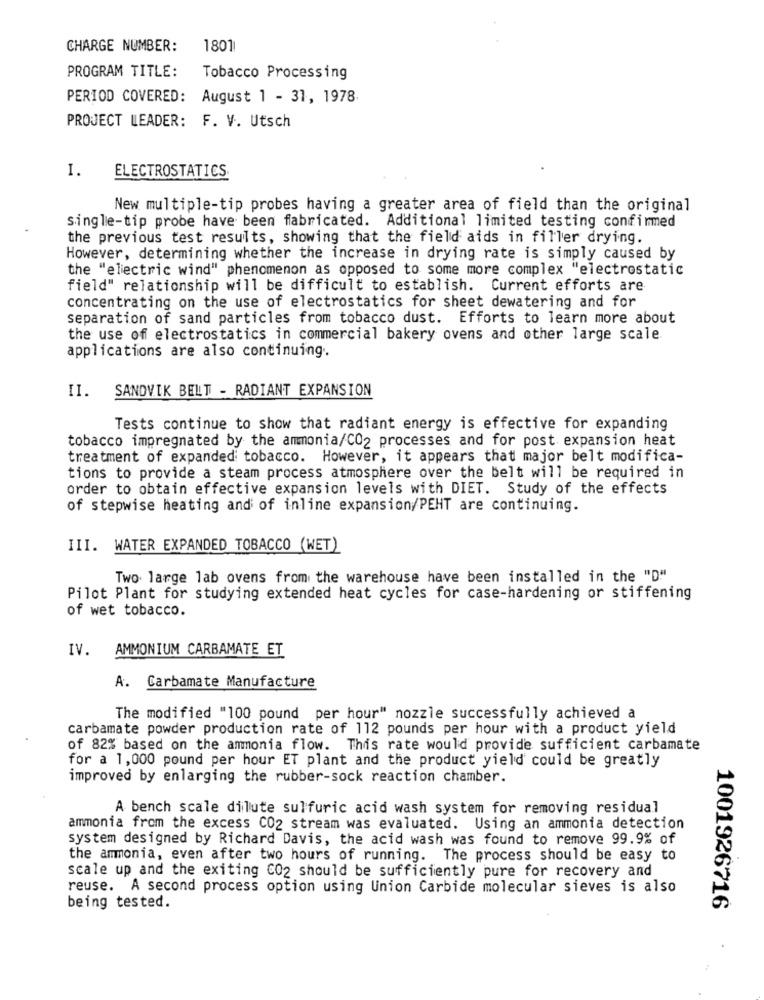
CHARGE NUMBER:
1801
PROGRAM TITLE:
Tobacco Processing
PERIOD COVERED: August 1 - 31, 1978.
PROJECT LEADER: F. V. Utsch
I.
ELECTROSTATICS
New multiple-tip probes having a greater area of field than the original
single-tip probe have been fabricated. Additional limited testing confirmed
the previous test results, showing that the field aids in filler drying.
However, determining whether the increase in drying rate is simply caused by
the "electric wind" phenomenon as opposed to some more complex "electrostatic
field" relationship will be difficult to establish. Current efforts are
concentrating on the use of electrostatics for sheet dewatering and for
separation of sand particles from tobacco dust. Efforts to learn more about
the use of electrostatics in commercial bakery ovens and other large scale
applications are also continuing.
II. SANDVIK BELT - RADIANT EXPANSION
Tests continue to show that radiant energy is effective for expanding
tobacco impregnated by the ammonia/CO2 processes and for post expansion heat
treatment of expanded tobacco. However, it appears that major belt modifica-
tions to provide a steam process atmosphere over the belt will be required in
order to obtain effective expansion levels with DIET. Study of the effects
of stepwise heating and of inline expansion/PEHT are continuing.
III. WATER EXPANDED TOBACCO (WET)
Two large lab ovens from the warehouse have been installed in the "D"
Pilot Plant for studying extended heat cycles for case-hardening or stiffening
of wet tobacco.
IV. AMMONIUM CARBAMATE ET
A. Carbamate Manufacture
The modified "100 pound per hour" nozzle successfully achieved a
carbamate powder production rate of 112 pounds per hour with a product yield
of 82% based on the ammonia flow. This rate would provide sufficient carbamate
for a 1,000 pound per hour ET plant and the product yield could be greatly
improved by enlarging the rubber-sock reaction chamber.
A bench scale dilute sulfuric acid wash system for removing residual
ammonia from the excess C02 stream was evaluated. Using an ammonia detection
system designed by Richard Davis, the acid wash was found to remove 99.9% of
the ammonia, even after two hours of running. The process should be easy to
scale up and the exiting C02 should be sufficiently pure for recovery and
reuse. A second process option using Union Carbide molecular sieves is also
being tested.
1001926716